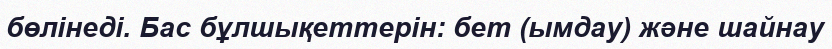
бөлінеді. Бас бұлшықеттерін: бет (ымдау) және шайнау